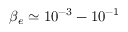
\beta _ { e } \simeq 1 0 ^ { - 3 } - 1 0 ^ { - 1 }